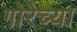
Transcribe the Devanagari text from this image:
गोरेच्या